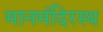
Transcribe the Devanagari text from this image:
मानमंदिरस्थ